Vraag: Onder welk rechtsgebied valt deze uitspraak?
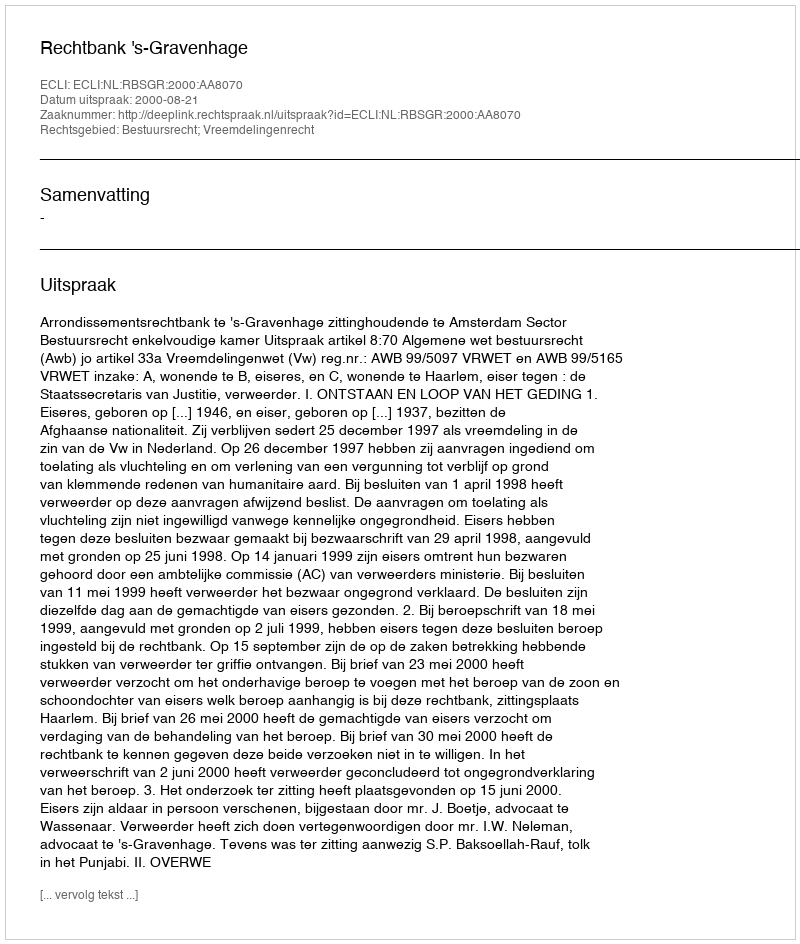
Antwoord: Bestuursrecht; Vreemdelingenrecht